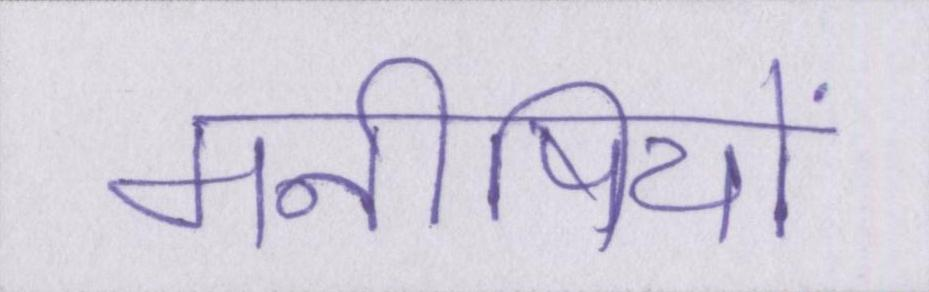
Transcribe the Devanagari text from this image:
मनीषियों